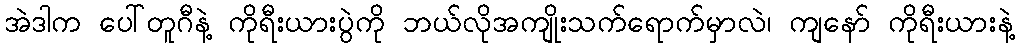
အဲဒါက ပေါ်တူဂီနဲ့ ကိုရီးယားပွဲကို ဘယ်လိုအကျိုးသက်ရောက်မှာလဲ၊ ကျနော် ကိုရီးယားနဲ့